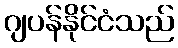
ဂျပန်နိုင်ငံသည်